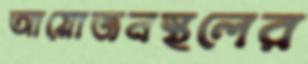
আয়োজনস্থলের